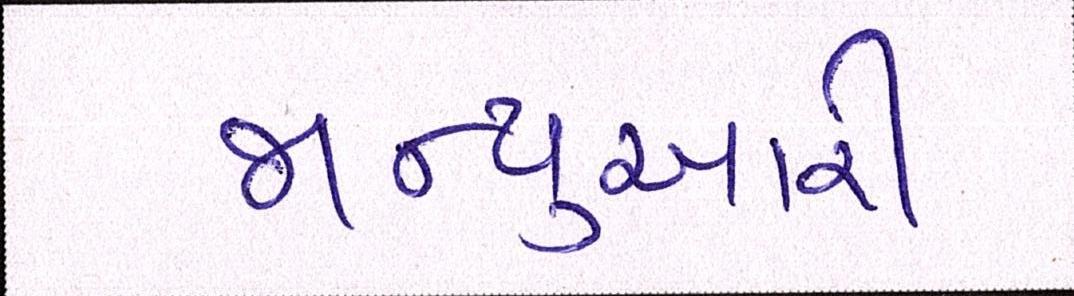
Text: જાન્યુઆરી